Vaccination in Bombay 1874-1876 - 1874-1876
Year: 1874
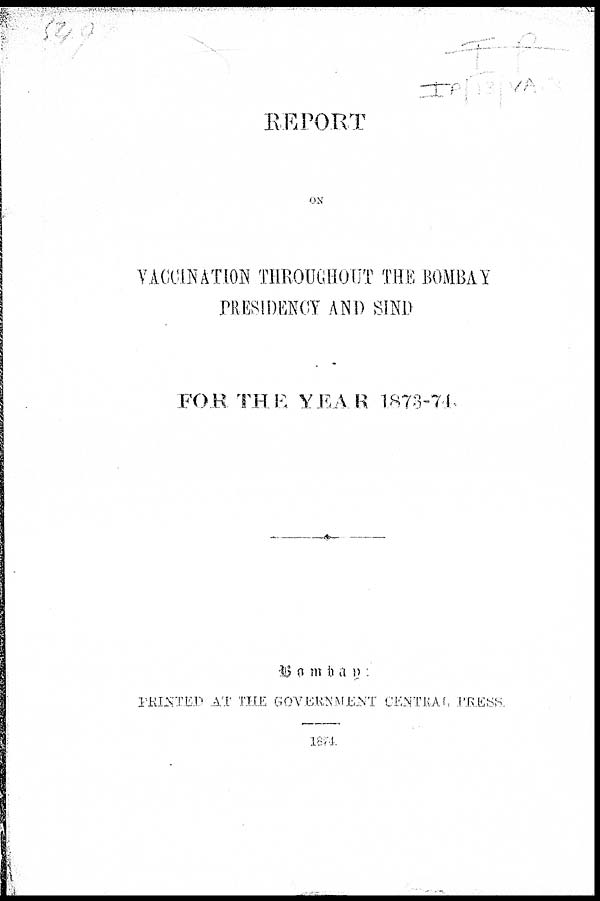
REPORT
ON
VACCINATION THROUGHOUT THE BOMBAY
PRESIDENCY AND SIND
FOR THE YEAR 1873-74.
Bombay
:
PRINTED AT THE GOVERNMENT CENTRAL PRESS.
1874.